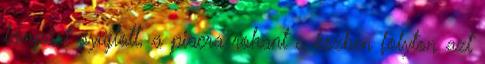
lámpást gyújtott, a piacra rohant s közben folyton azt